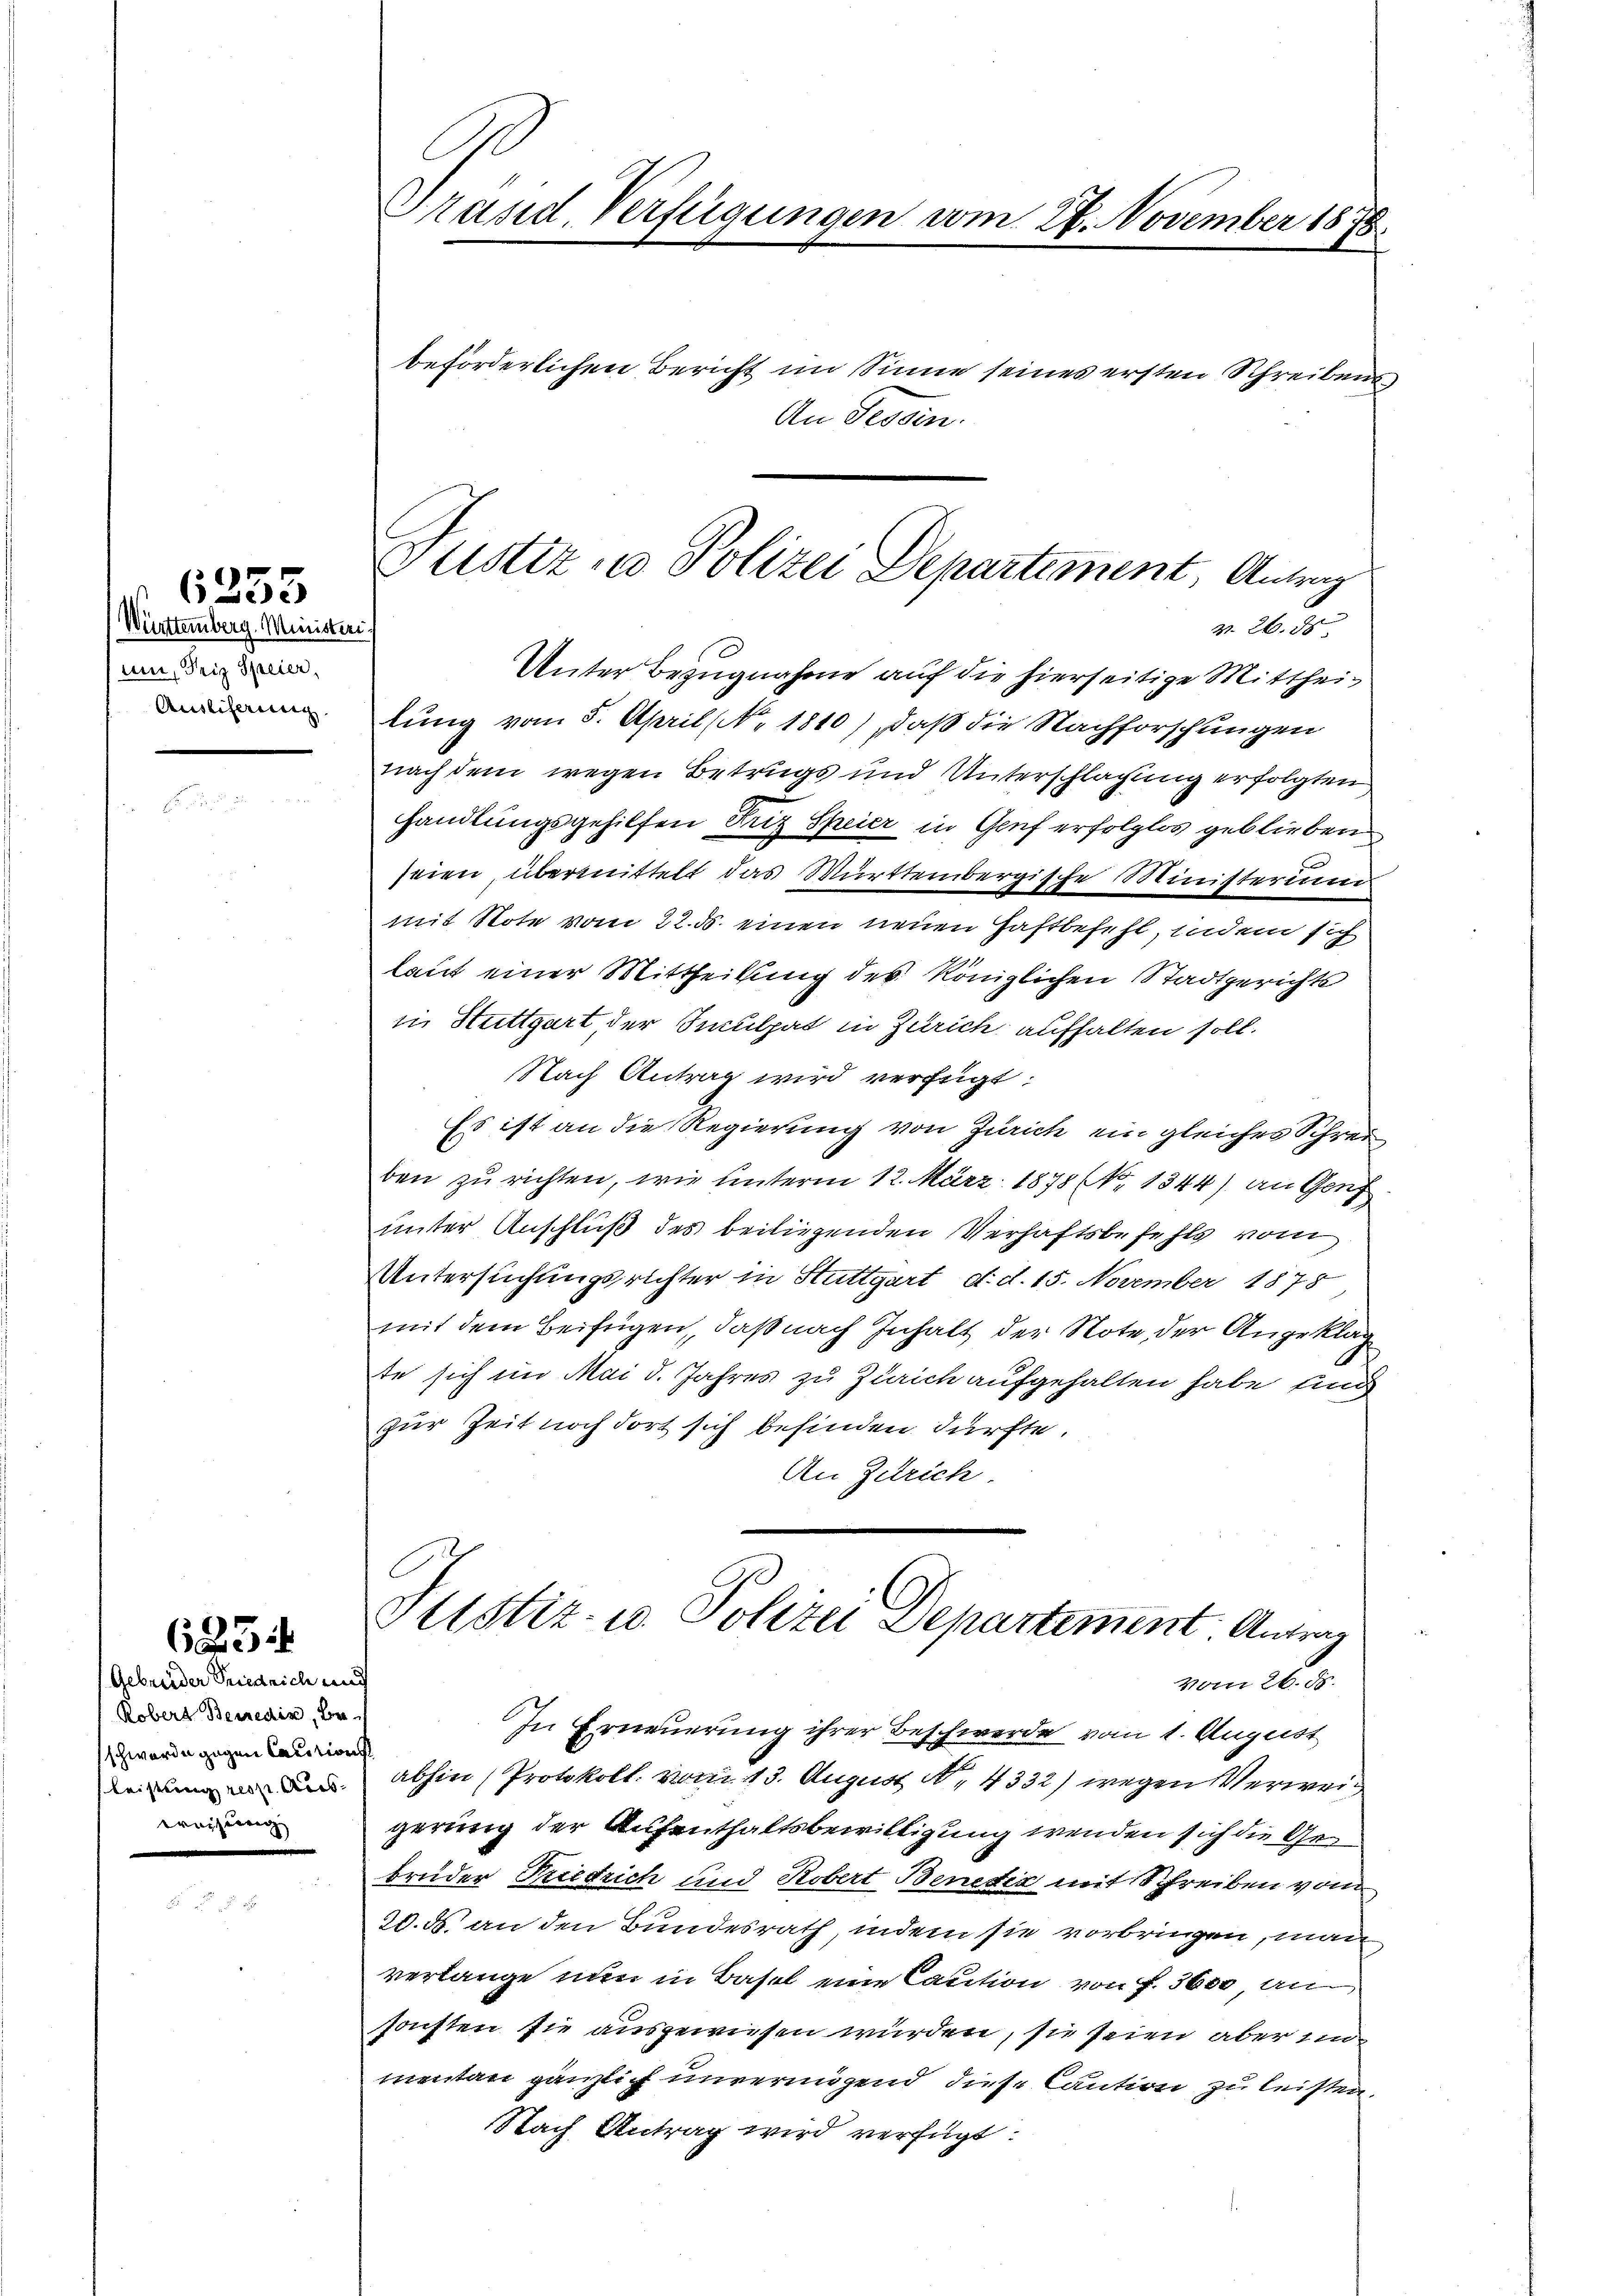
(Württemberg. Ministeri.
mit, Friz Speier,
Ausliserung

6255

6831

(Gebrüder Friedrich und
Robers Benedig, beschwerde gegen Cautions
leistung resp. Aus¬

Präsid. Verfügungen vom 28. November 1876.

beförderlichen Bericht im Sinne seines ersten Schreibens
An Tessin.
Nr. 26. 75
Unter Bezugnahme auf die hierseitige Mittheilung vom 5. April (No. 1810) Daß die Nachforschungen
nach dem wegen Betrugs und Unterschlagung erfolgten
Handlungsgehilfen Friz Speier in Genf erfolglos geblieben
seien, übermittelt das Württembergische Ministerium
mit Note vom 22. ds. einen neuen Haftbefehl, indem sich
laut einer Mittheilung des Königlichen Stadtgerichts
in Stuttgart der Inculpat in Zürich aufhalten soll.
Nach Antrag wird verfügt:
Es ist an die Regierung von Zürich ein gleiches Schrei
ben zu richten, wie unterm 12. März 1878 (N. 1344) an Genf
unter Anschluß des beiliegenden Verhaftsbefehls vom
Untersuchungsrichter in Stuttgart, d. d. 15. November 1875
mit dem Beifügen, daß nach Inhalt der Note der Angeklag
te sich im Mai d. Jahres zu Zürich aufgehalten habe, und
zur Zeit noch dort sich befinden dürfte.
An Zutrich.

Justiz u. Polizei Departement, Antrag

Justiz- u. Polizei Departement Antrag

vom 26. ds.
In Erneuerung ihrer Beschwerde vom 1. August
abhin (Protokoll. vom 13. August No. 4332) wegen Verweigerung der Aufenthaltsbewilligung wenden sich die Gebruder Friedrich und Robert Benetia mit Schreiben vom
20. ds. an den Bundesrath, indem sie vorbringen, man
verlange nun in Basel eine Caution von f. 3600 an
sonsten sie ausgewiesen wurden, sie seien aber ein
mentan gänzlich unvermögend diese Caution zu leisten.
Nach Antrag wird verfügt: